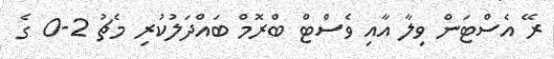
ރޭ އެސްޓަން ވިލާ އާއި ވެސްޓް ބްރޮމް ބައްދަލުކުރި މެޗު 2-0 ގެ